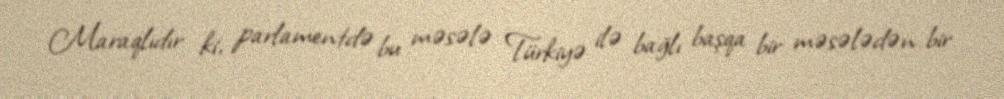
Maraqlıdır ki, parlamentdə bu məsələ Türkiyə ilə bağlı başqa bir məsələdən bir